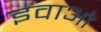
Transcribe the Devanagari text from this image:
इवाओ